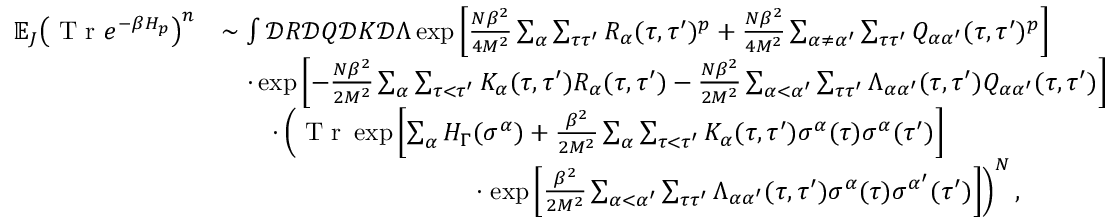
\begin{array} { r l } { \mathbb { E } _ { J } \big ( \textrm { T r } e ^ { - \beta H _ { p } } \big ) ^ { n } } & { \sim \int \mathcal { D } R \mathcal { D } Q \mathcal { D } K \mathcal { D } \Lambda \exp { \left[ \frac { N \beta ^ { 2 } } { 4 M ^ { 2 } } \sum _ { \alpha } \sum _ { \tau \tau ^ { \prime } } R _ { \alpha } ( \tau , \tau ^ { \prime } ) ^ { p } + \frac { N \beta ^ { 2 } } { 4 M ^ { 2 } } \sum _ { \alpha \neq \alpha ^ { \prime } } \sum _ { \tau \tau ^ { \prime } } Q _ { \alpha \alpha ^ { \prime } } ( \tau , \tau ^ { \prime } ) ^ { p } \right] } } \\ & { \quad \cdot \exp { \left[ - \frac { N \beta ^ { 2 } } { 2 M ^ { 2 } } \sum _ { \alpha } \sum _ { \tau < \tau ^ { \prime } } K _ { \alpha } ( \tau , \tau ^ { \prime } ) R _ { \alpha } ( \tau , \tau ^ { \prime } ) - \frac { N \beta ^ { 2 } } { 2 M ^ { 2 } } \sum _ { \alpha < \alpha ^ { \prime } } \sum _ { \tau \tau ^ { \prime } } \Lambda _ { \alpha \alpha ^ { \prime } } ( \tau , \tau ^ { \prime } ) Q _ { \alpha \alpha ^ { \prime } } ( \tau , \tau ^ { \prime } ) \right] } } \\ & { \quad \quad \cdot \left( \textrm { T r } \exp { \left[ \sum _ { \alpha } H _ { \Gamma } ( \sigma ^ { \alpha } ) + \frac { \beta ^ { 2 } } { 2 M ^ { 2 } } \sum _ { \alpha } \sum _ { \tau < \tau ^ { \prime } } K _ { \alpha } ( \tau , \tau ^ { \prime } ) \sigma ^ { \alpha } ( \tau ) \sigma ^ { \alpha } ( \tau ^ { \prime } ) \right] } \right. } \\ & { \qquad \qquad \qquad \qquad \qquad \cdot \left. \exp { \left[ \frac { \beta ^ { 2 } } { 2 M ^ { 2 } } \sum _ { \alpha < \alpha ^ { \prime } } \sum _ { \tau \tau ^ { \prime } } \Lambda _ { \alpha \alpha ^ { \prime } } ( \tau , \tau ^ { \prime } ) \sigma ^ { \alpha } ( \tau ) \sigma ^ { \alpha ^ { \prime } } ( \tau ^ { \prime } ) \right] } \right) ^ { N } , } \end{array}